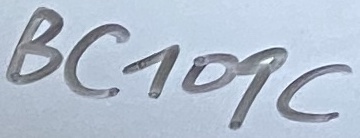
Text: BC1D9C